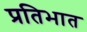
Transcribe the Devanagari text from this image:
प्रतिभात